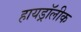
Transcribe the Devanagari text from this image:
हायड्रॉलीक